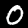
Digit: 0